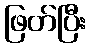
ဖြတ်ပြီး